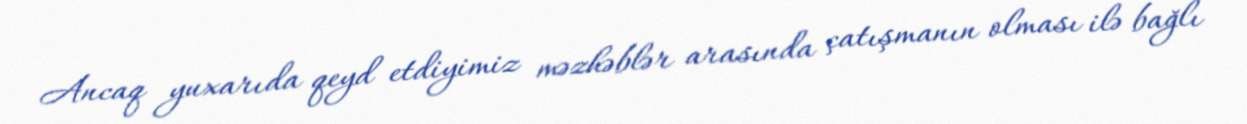
Ancaq yuxarıda qeyd etdiyimiz məzhəblər arasında çatışmanın olması ilə bağlı